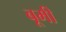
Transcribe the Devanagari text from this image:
बूमी